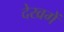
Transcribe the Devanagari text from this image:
देखगें